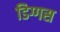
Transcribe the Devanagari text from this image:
डिग्गस